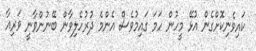
ކައިވެނިކޮށްގެން އުޅޭ މީހުން ހަމަ ގައިމުވެސް އެންމެ ދުރުހެލިވާން ބޭނުންވާނީ ވަރިއާ